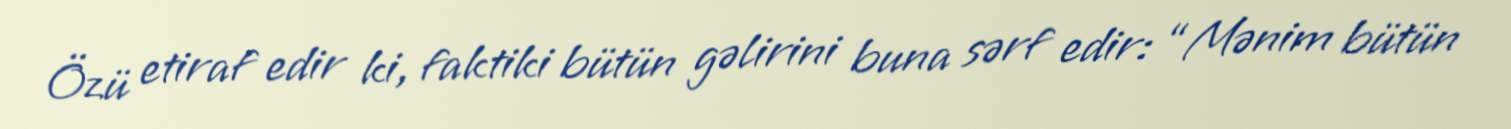
Özü etiraf edir ki, faktiki bütün gəlirini buna sərf edir: “Mənim bütün